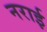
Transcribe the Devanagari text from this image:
नराई